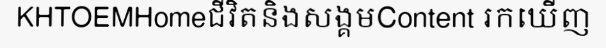
KHTOEMHomeជីវិតនិងសង្គមContent រកឃើញ